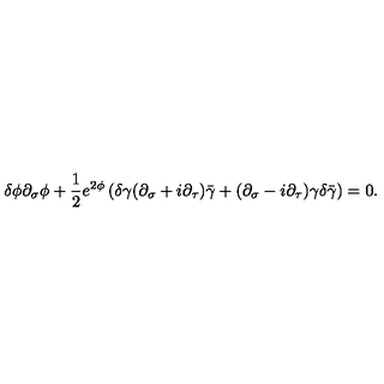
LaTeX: \delta \phi \partial _ { \sigma } \phi + \frac { 1 } { 2 } e ^ { 2 \phi } \left( \delta \gamma ( \partial _ { \sigma } + i \partial _ { \tau } ) \bar { \gamma } + ( \partial _ { \sigma } - i \partial _ { \tau } ) \gamma \delta \bar { \gamma } \right) = 0 .